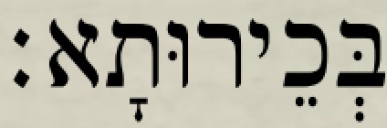
בְּכֵירוּתָא׃